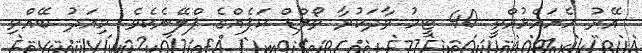
އޭރު ހެށައެޅުއްވީ 40 ޓީމު ވާދަކުރާ ވޯލްޑް ކަޕެއްގެ ޕްލޭނެކެވެ. މިއަދު ބޭއްވި